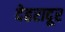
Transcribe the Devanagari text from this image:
देहरादूर